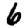
Digit: 6